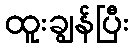
ထူးချွန်ပြီး